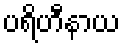
ပရိဟီနာယ